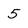
Character: 5